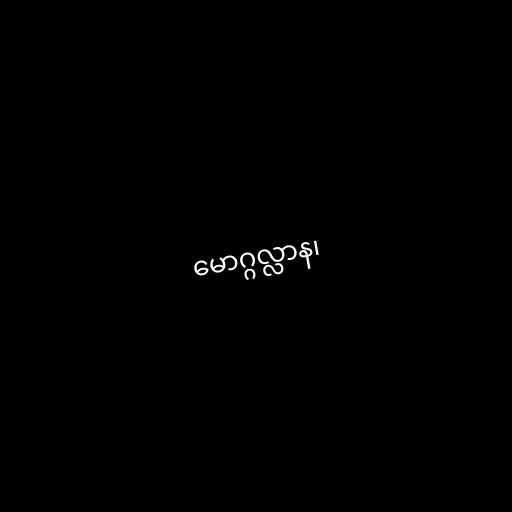
မောဂ္ဂလ္လာန၊